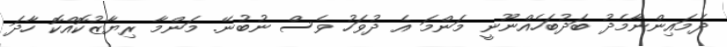
ދެމައިންނާމެދު ބަދުބަހެއްނޫނީ މަންމަ އެ ދުވަހު ވެސް ނުބުނޭ. މަންމާ ރިޔާޒުކޮއްކޮ ހާދަ